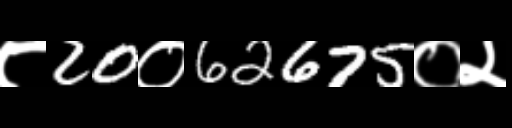
Text: ८20०62675०२